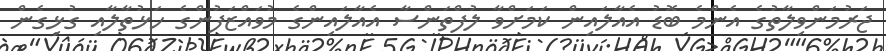
ޖަރުމަންވިލާތުގެ އެންމެ ބޮޑު އެއާލައިން ކަމަށްވާ ލުފްތަންސާ އެއާލައިންގެ މުވައްޒަފުންގެ ހަޅުތާލާއި ގުޅިގެން